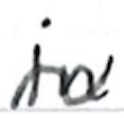
Text: in
Cross-out: wave
Writing tool: ballpoint